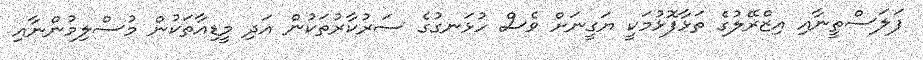
ފަލަސްތީނާއި އިޒްރޭލުގެ ތަޅާފޮޅުމަކީ ޔަގީނަށް ވެސް ހުޅަނގުގެ ސަރުކާރުތަކުން އަދި މީޑިއާތަކުން މުސްލިމުންނާއި